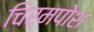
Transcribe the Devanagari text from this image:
चिर्मपोश